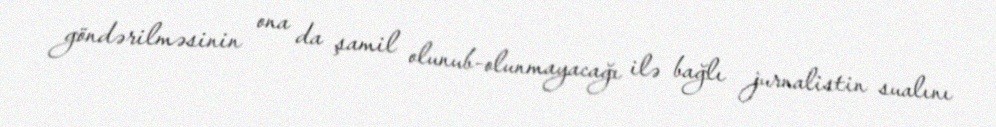
göndərilməsinin ona da şamil olunub-olunmayacağı ilə bağlı jurnalistin sualını